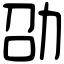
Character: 劭